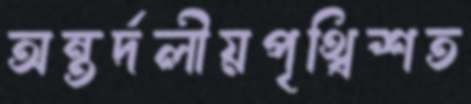
অন্তর্দলীয়পৃথ্বিশত